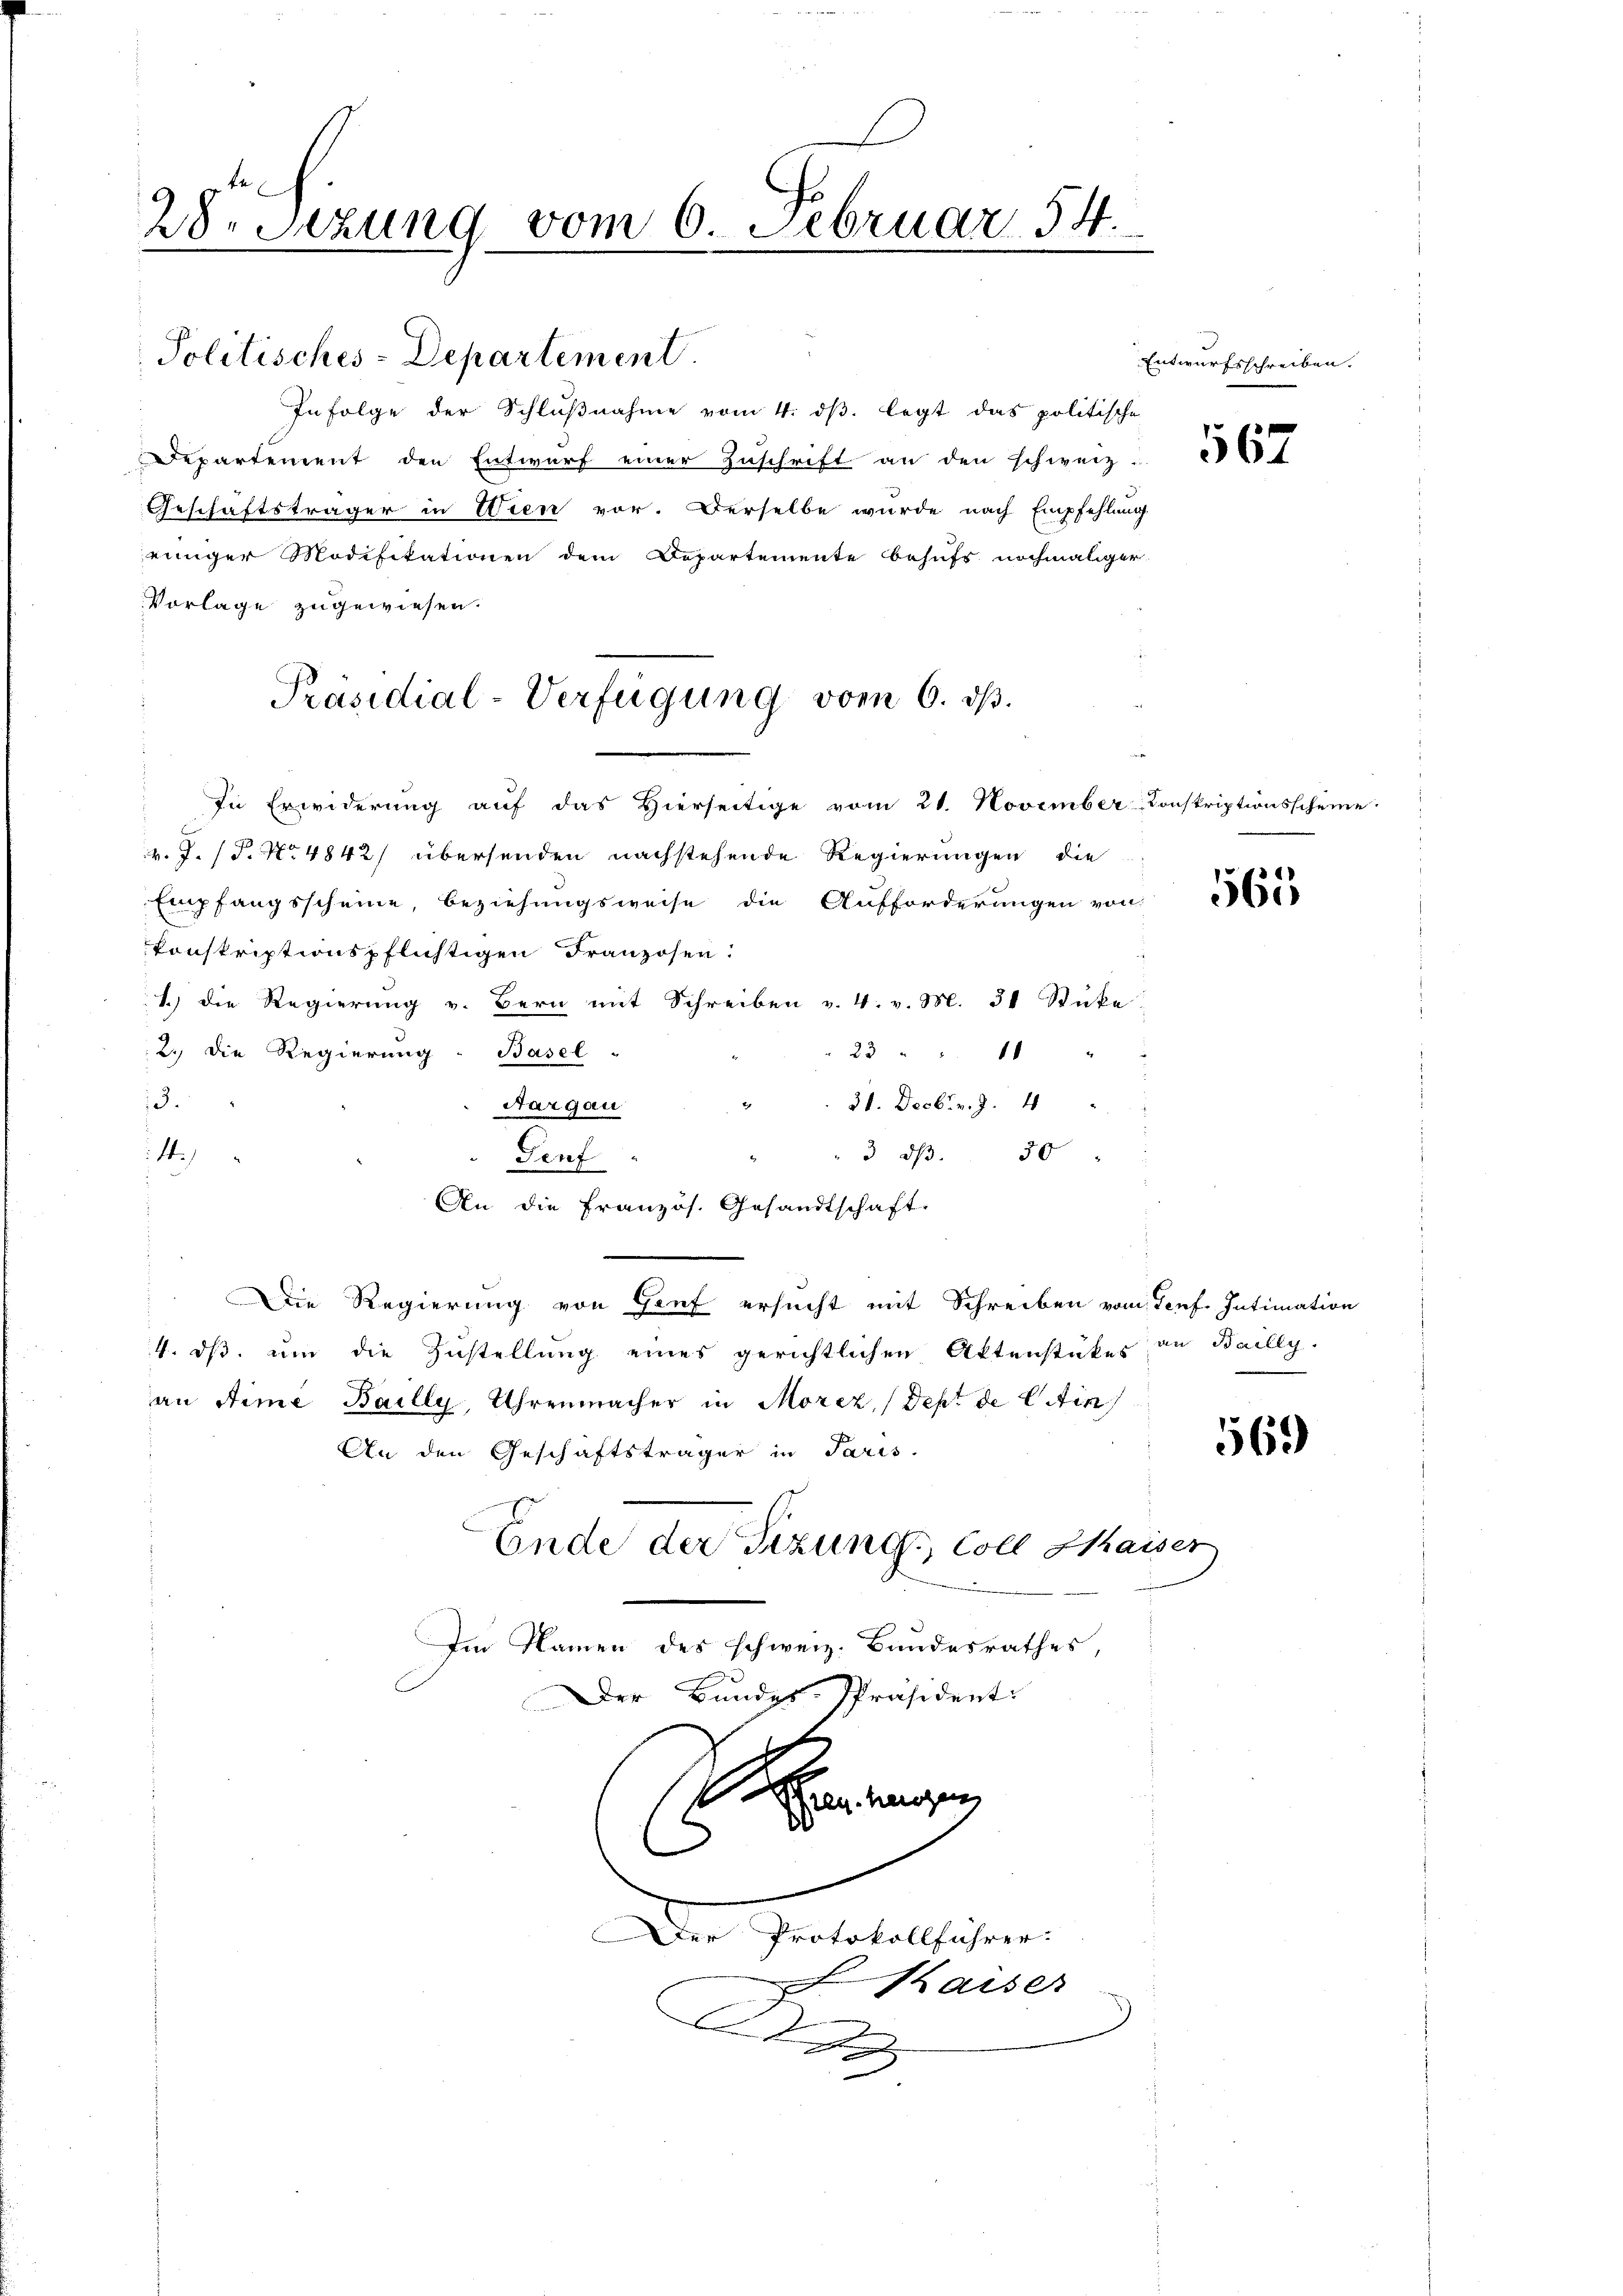
28. Setzung vom 6. Februar 54
1 de

Politisches-Departement.
Infolge der Schlußnahme vom 4. ds. legt das politische
Departement den Entwurf einer Zuschrift an den schweiz. 67
Geschäftsträger in Wien vor. Derselbe wurde nach Empfehlung
einiger Modifikationen dem Departemente behufs nochmaliger
Vorlage zugewiesen.
In Erwiderung auf das Hierseitige vom 21. November-Konskriptionsscheine
v. J. P. No 4842) übersenden nachstehende Regierungen die
Empfangsscheine, beziehungsweise die Aufforderungen von 60
konskriptionspflichtigen Franzosen.
1.) die Regierung v. Bern mit Schreiben v. 4. v. M. 31 Stücke
2: Die Regierung - Basel-
23 " " 11 "
13.
Aargau " " 31. Decbr v. J. 41 "
1.)
3 dβ. 50
Teuf
An die Französ. Gesandtschaft.
Die Regierung von Genf ersucht mit Schreiben vom Genf. Intimation
4. ds, um die Zustellung eines gerichtlichen Aktenstükes an Bailly.
an Stime Bailly, Uhrenmacher in Morez, (Dept de lin
An den Geschäftsträger in Paris.
Ende der Sizung, Coll Kaiser
Im Namen des schweiz. Bundesrathes,
Der Bundes-Präsident:
A
ren herzen
.
Der Protokollführer.
Paiser
d

Präsidial-Verfügung vom 6. dβ.

Entwurfsschreiben.

569